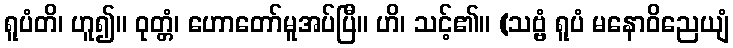
ရူပံတိ၊ ဟူ၍။ ဝုတ္တံ၊ ဟောတော်မူအပ်ပြီ။ ဟိ၊ သင့်၏။ (သဗ္ဗံ ရူပံ မနောဝိညေယျံ